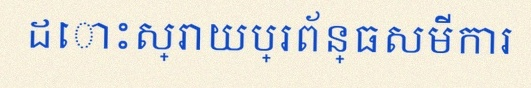
ដោះស្រាយប្រព័ន្ធសមីការ